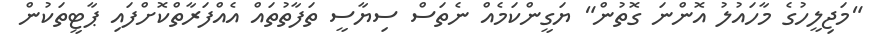
"މަޖިލީހުގެ މާހައުލު އޮންނަ ގޮތުން" ޔަގީންކަމެއް ނެތަސް ސިޔާސީ ތަފާތުތައް އެއްފަރާތްކޮށްފައި ޕާޓީތަކުން